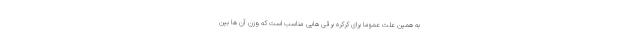
به همین علت عموما برای کرکره برقی هایی مناسب است که وزن آن ها بین